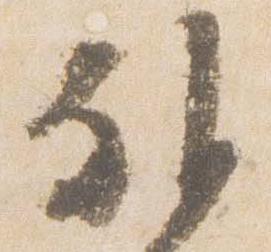
外